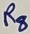
Text: R8